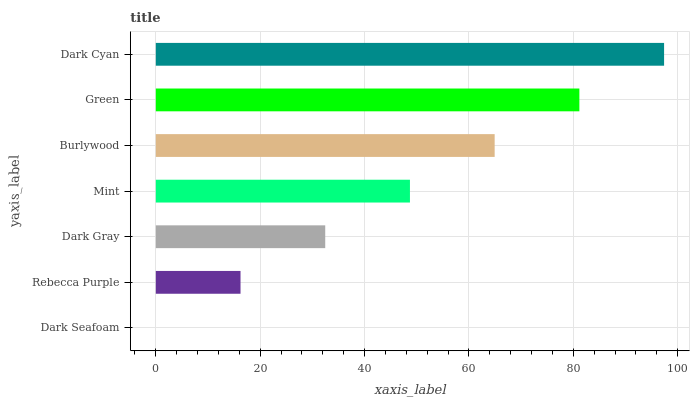
| yaxis_label | bars |
 | --- | --- |
 | Dark Seafoam | 0 |
 | Rebecca Purple | 16.2 |
 | Dark Gray | 32.5 |
 | Mint | 48.7 |
 | Burlywood | 64.9 |
 | Green | 81.2 |
 | Dark Cyan | 97.4 |